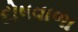
દોષવાળા